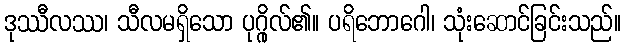
ဒုဿီလဿ၊ သီလမရှိသော ပုဂ္ဂိုလ်၏။ ပရိဘောဂေါ၊ သုံးဆောင်ခြင်းသည်။